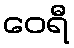
ဝေရီ